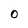
Character: 0